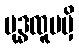
ဗုဒ္ဓထူပမှိ